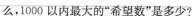
么，1000以内最大的”希望数”是多少?